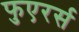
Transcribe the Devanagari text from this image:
फुएरर्स